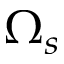
\Omega _ { s }